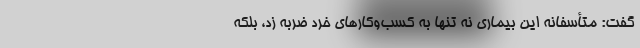
گفت: متأسفانه این بیماری نه تنها به کسب‌وکارهای خرد ضربه زد، بلکه